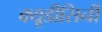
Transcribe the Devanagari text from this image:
क्यूडीसिनी